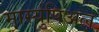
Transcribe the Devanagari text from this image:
मार्स्युपिअल